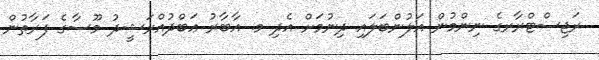
ރަޖިސްޓްރާރގެ ނިންމުން އަލުންބަލައި ދިނުމަށް އެދި މ. އާބާރު ޢަބްދުއްރަޝީދު މޫސާގެ ފަރާތުން